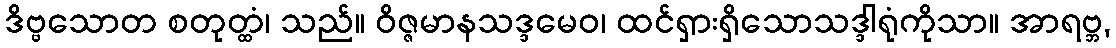
ဒိဗ္ဗသောတ စတုတ္ထံ၊ သည်။ ဝိဇ္ဇမာနသဒ္ဒမေဝ၊ ထင်ရှားရှိသောသဒ္ဒါရုံကိုသာ။ အာရဗ္ဘ,